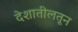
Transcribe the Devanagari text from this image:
देशातीलतून